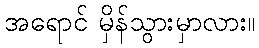
အရောင် မှိန်သွားမှာလား။